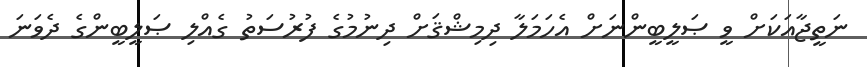
ނަތީޖާއަކަށް ވީ ޞަލީބީންނަށް އެހަމަލާ ދިމިޝްޤަށް ދިނުމުގެ ފުރުސަތު ގެއްލި ޞަލީބީންގެ ދެވަނަ